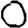
Digit: 0